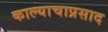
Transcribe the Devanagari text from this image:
काल्याचाप्रसाद